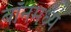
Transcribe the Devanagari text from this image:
बॉनमध्ये